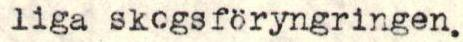
liga skogsföryngringen.